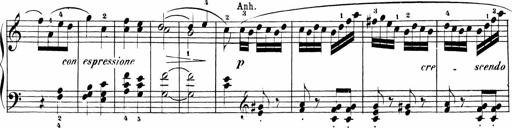
Title: Sonatinas
Composer: Andrew Violette